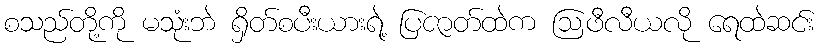
စသည်တို့ကို မသုံးဘဲ ရှိတ်စပီးယားရဲ့ ပြဇာတ်ထဲက ဩဖီလီယလို ရေထဲဆင်း